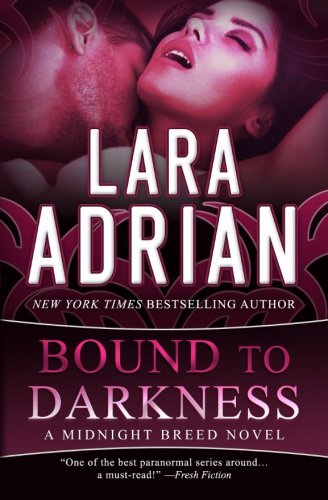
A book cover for Bound to Darkness (The Midnight Breed Series) (Volume 13); Lara Adrian; Romance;